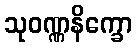
သုဝဏ္ဏနိက္ခော